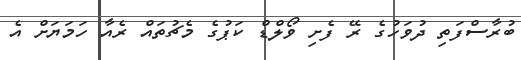
ބުރާސްފަތި ދުވަހުގެ ރޭ ފެށި ވޯލްޑް ކަޕުގެ މެޗުތައް ރެއާ ހަމަޔަށް އެ